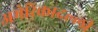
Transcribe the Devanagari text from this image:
अमेरिकादल्ली